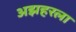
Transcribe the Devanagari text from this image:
अझहरला